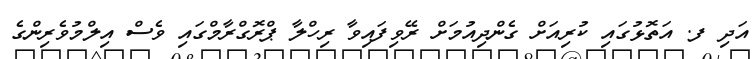
އަދި ފ. އަތޮޅުގައި ކުރިއަށް ގެންދިއުމަށް ރޭވިފައިވާ ރިހްލާ ޕްރޮގްރާމްގައި ވެސް އިލްމުވެރިންގެ